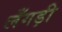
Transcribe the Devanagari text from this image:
लँगड़ी